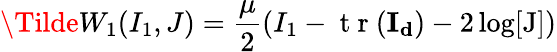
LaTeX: \Tilde{W}_{1}(I_{1},J)=\frac{\mu}{2}(I_{1}-\mathrm{~t~r~}(\mathbf{I_{d}})-2\log[\mathrm{J}])